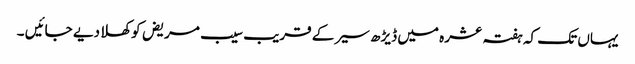
یہاں تک کہ ہفتہ عشرہ میں ڈیڑھ سیر کے قریب سیب مریض کو کھلا دیے جائیں ۔